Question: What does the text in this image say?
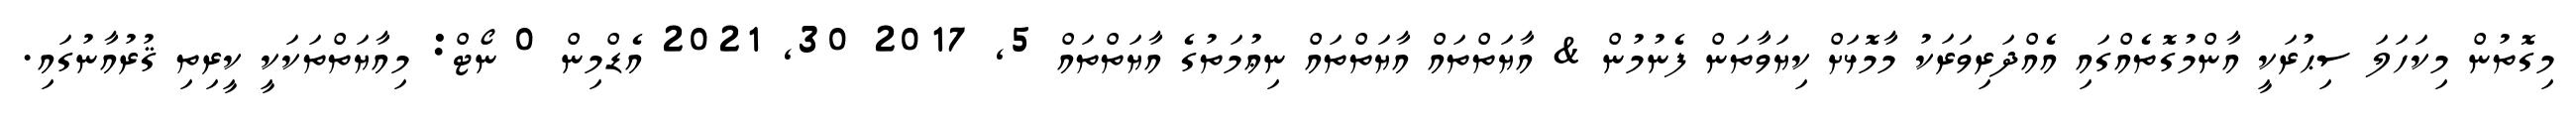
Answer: މިގޮތުން މިކަހަލަ ސިޙުރަކީ އާންމުގޮތެއްގައި އެއްދަރިވަރަކު މާމޮޅަށް ކިޔަވާތަން ފެނުމުން & އާޔަތްތައް އާޔަތްތައް ނިޢުމަތުގެ އާޔަތްތައް 5, 2017 30, 2021 އެޑްމިން 0 ނޯޓް: މިއާޔަތްތަކަކީ ކީރިތި ޤުރުއާނުގައި.